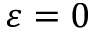
\varepsilon = 0